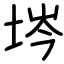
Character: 埁